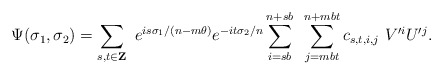
\begin{align*}\Psi(\sigma_1,\sigma_2)=\sum_{s,t\in {\bf Z}}~ e^{is\sigma_1/(n-m\theta)}e^{-it\sigma_2/n} \sum_{i=sb}^{n+sb}~ \sum_{j=mbt}^{n+mbt} c_{s,t,i,j}~V'^{i} U'^{j} .\end{align*}